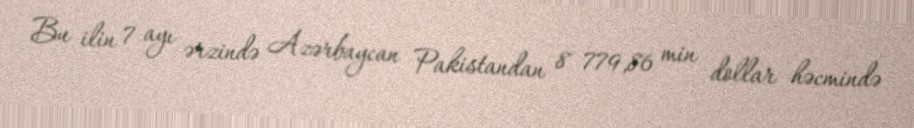
Bu ilin 7 ayı ərzində Azərbaycan Pakistandan 8 779,86 min dollar həcmində